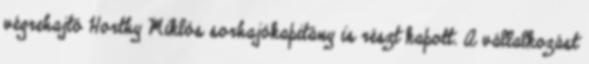
végrehajtó Horthy Miklós sorhajókapitány is részt kapott. A vállalkozást